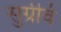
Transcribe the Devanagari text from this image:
सुग्रीवं